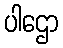
ပါဌော